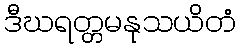
ဒီဃရတ္တမနုသယိတံ